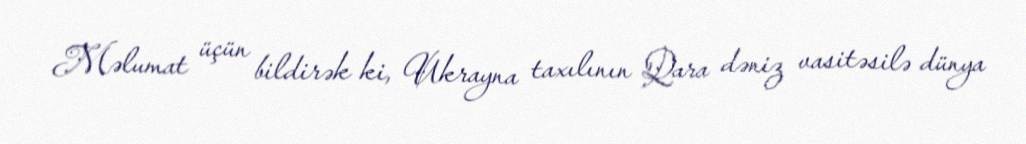
Məlumat üçün bildirək ki, Ukrayna taxılının Qara dəniz vasitəsilə dünya